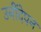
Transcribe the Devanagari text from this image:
उनींदेपन